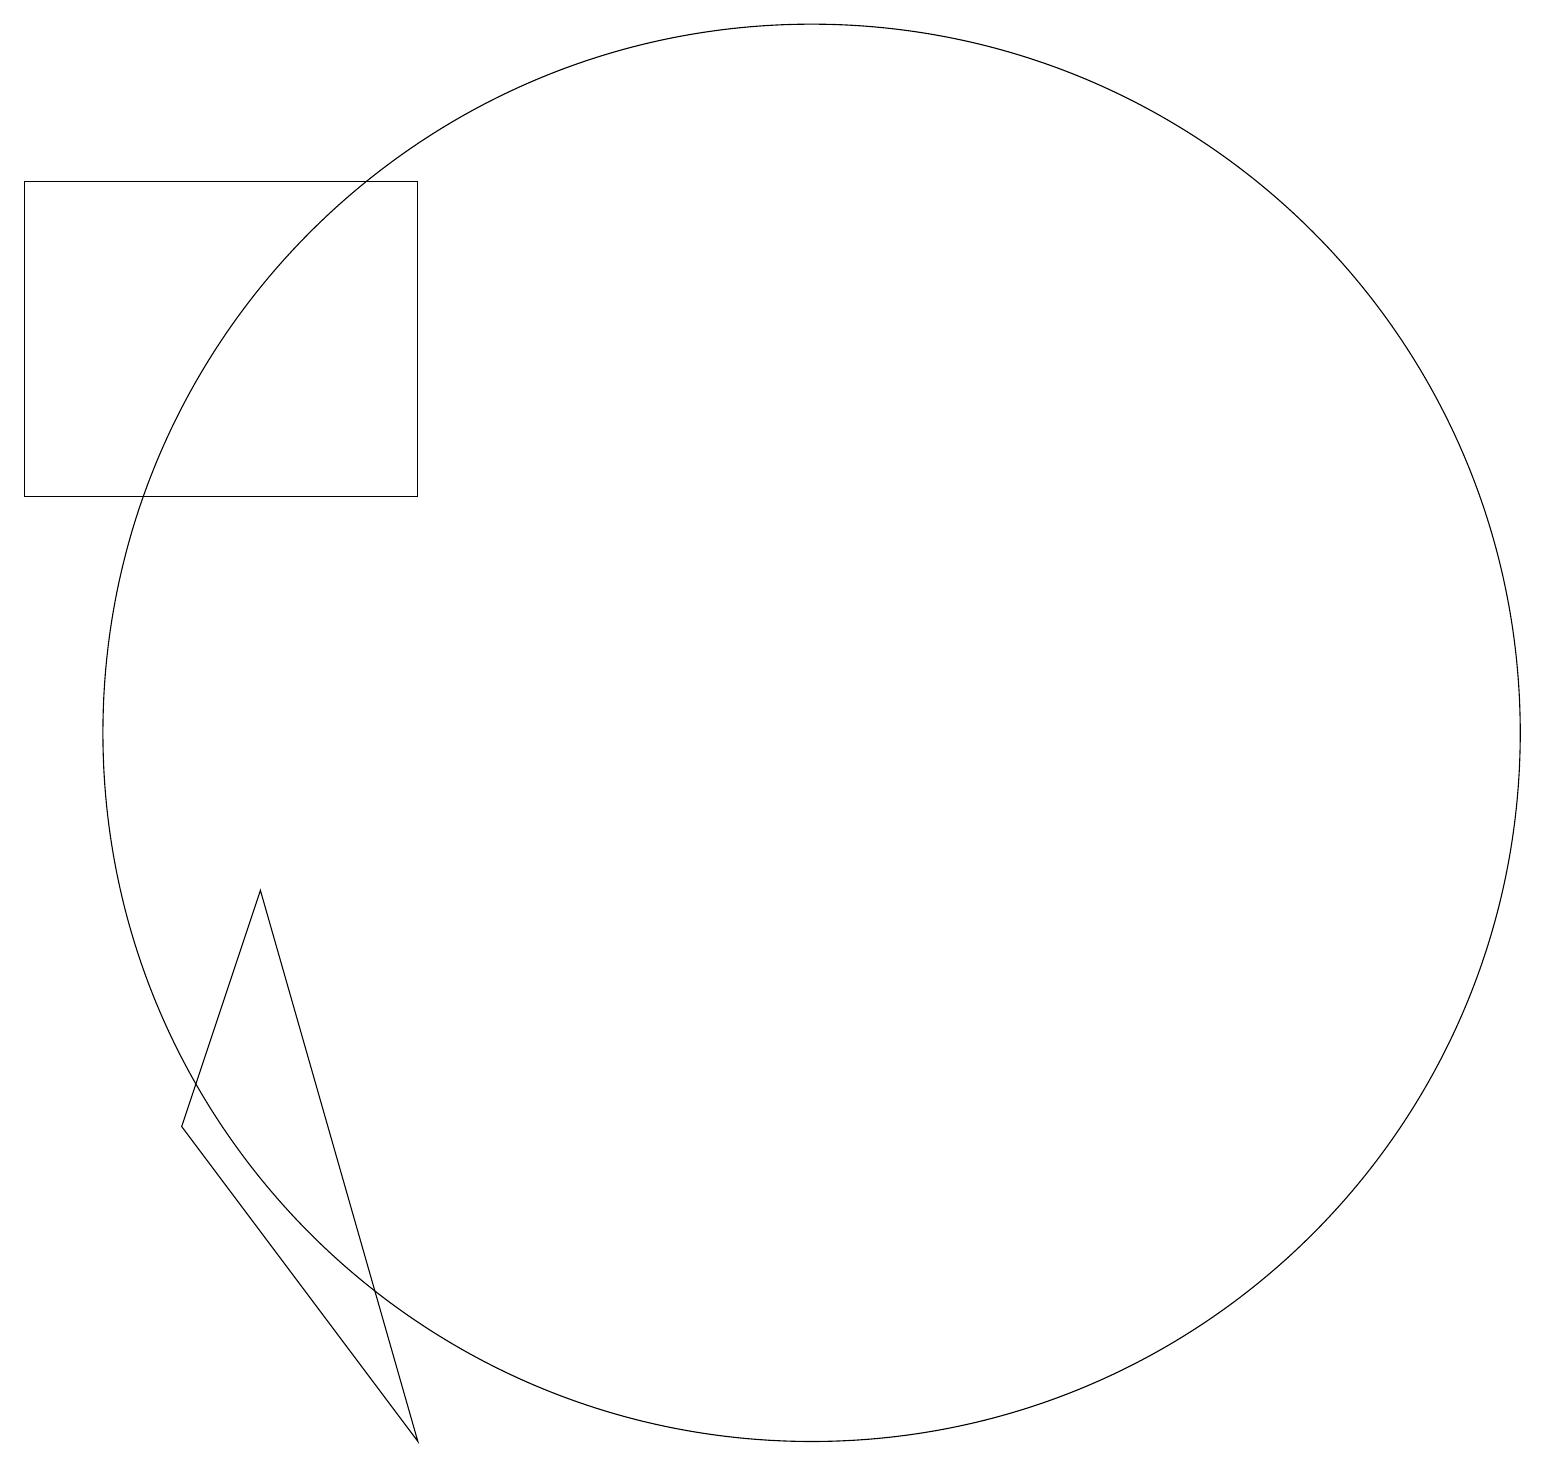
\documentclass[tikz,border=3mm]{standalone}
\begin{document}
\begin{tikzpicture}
\draw (10,11) circle (9);
\draw (5,18) rectangle (0,14);
\draw (2,6) -- (5,2) -- (3,9) -- cycle;
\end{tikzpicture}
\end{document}